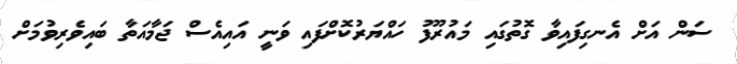
ސަން އަށް އެނގިފައިވާ ގޮތުގައި މައުރޫފު ހައްޔަރުކޮށްފައި ވަނީ އައިއެސް ޖަމާއަތާ ބައިވެރިވުމަށް